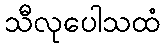
သီလုပေါသထံ